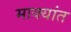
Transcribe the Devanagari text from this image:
माक्यांत